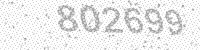
Solution: 802699